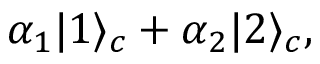
\alpha _ { 1 } | 1 \rangle _ { c } + \alpha _ { 2 } | 2 \rangle _ { c } ,